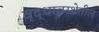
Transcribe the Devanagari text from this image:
वृद्धावस्थेतील